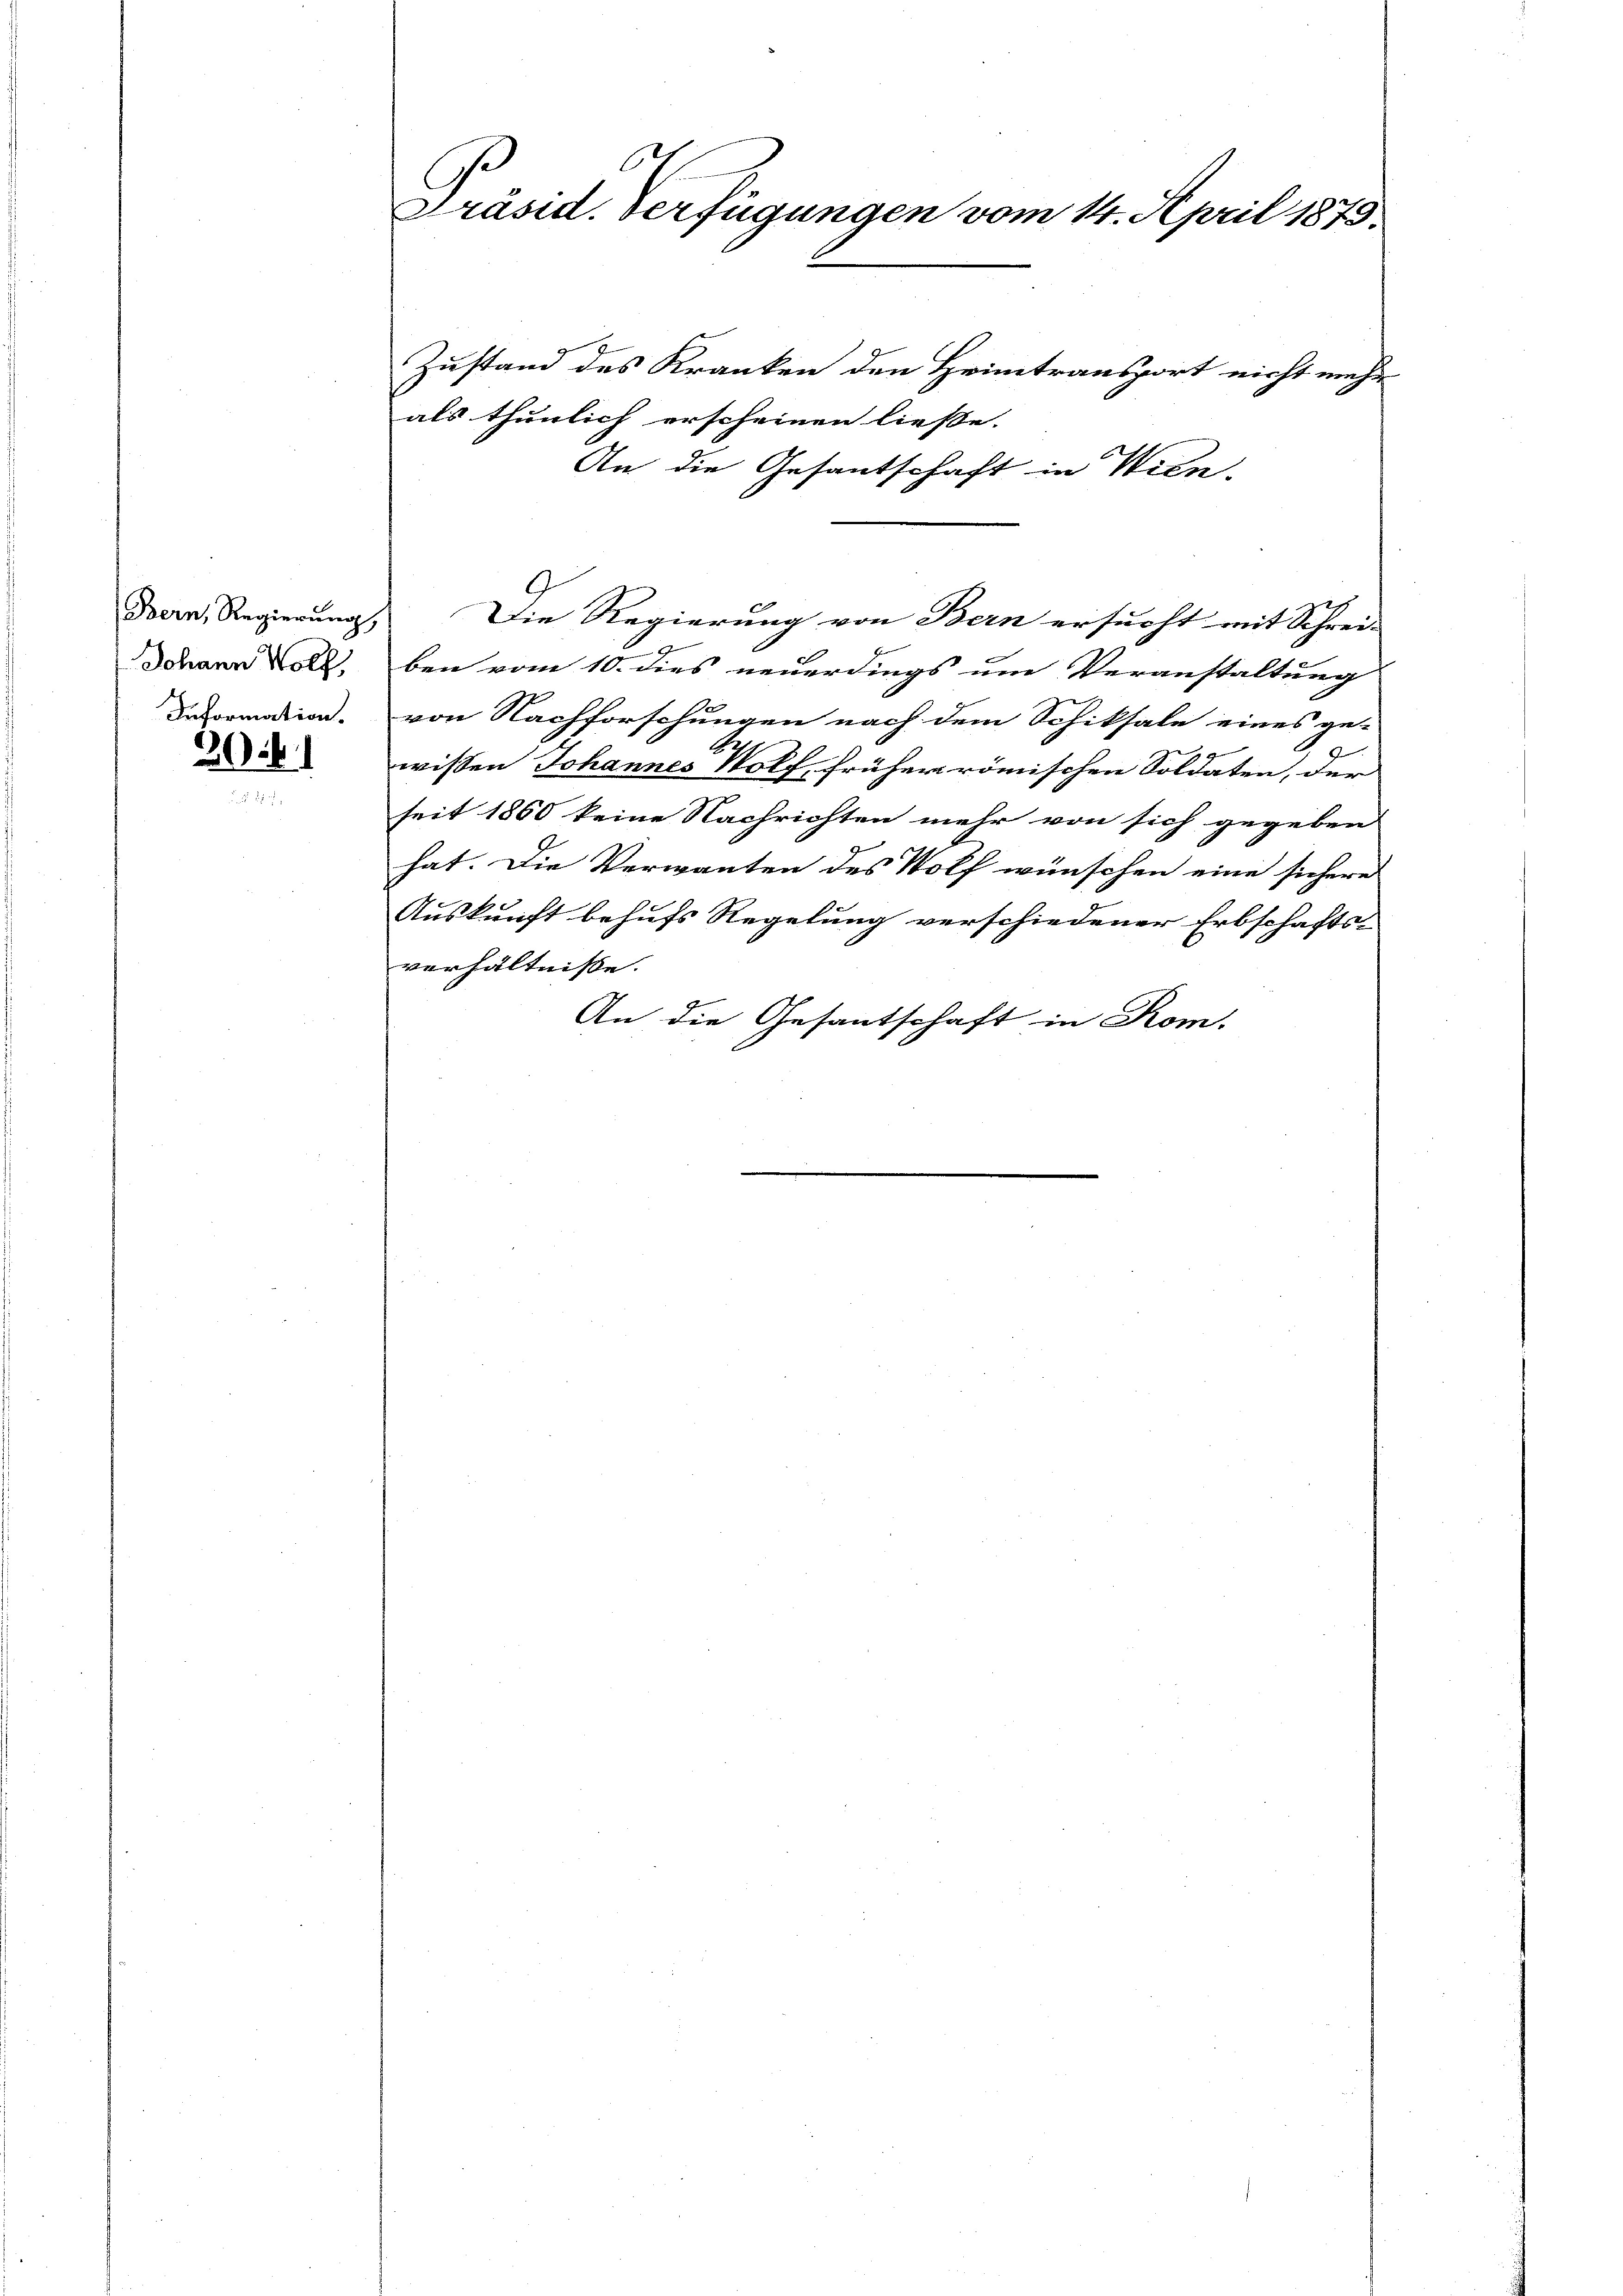
20i

6
Präsid. Verfügungen vom 14. April 1875.

Bern, Regierung
Johann Wolf,
Information.

Zustand des Kranken den Heimtransport nicht mehr
als thunlich erscheinen ließe.
An die Gesantschaft in Wien,
Die Regierung von Bern ersucht mit Schrei- |
ben vom 10. dies neuerdings um Veranstaltung
von Nachforschungen nach dem Schiksale eines ge-
wissen Johannes Wolf, früher römischen Soldaten, der
seit 1860 keine Nachrichten mehr von sich gegeben
hat. Die Verwanten des Wolf wünschen eine sichere
Auskunft behufs Regelung verschiedener Erbschafts-
verhältnisse.
An die Gesantschaft in Rom.